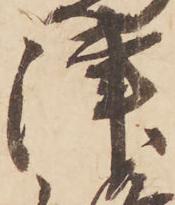
津